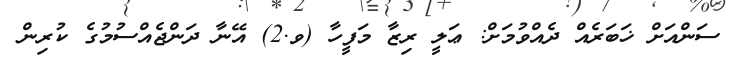
ސަންއަށް ޚަބަރެއް ދެއްވުމަށް: ޢަލީ ރިޒާ މަފީހާ (ވ.2) އޭނާ ދަންޖެއްސުމުގެ ކުރިން